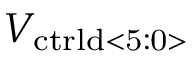
V _ { \mathrm { c t r l d < 5 : 0 > } }